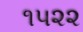
૧૫૨૨